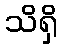
သိရှိ